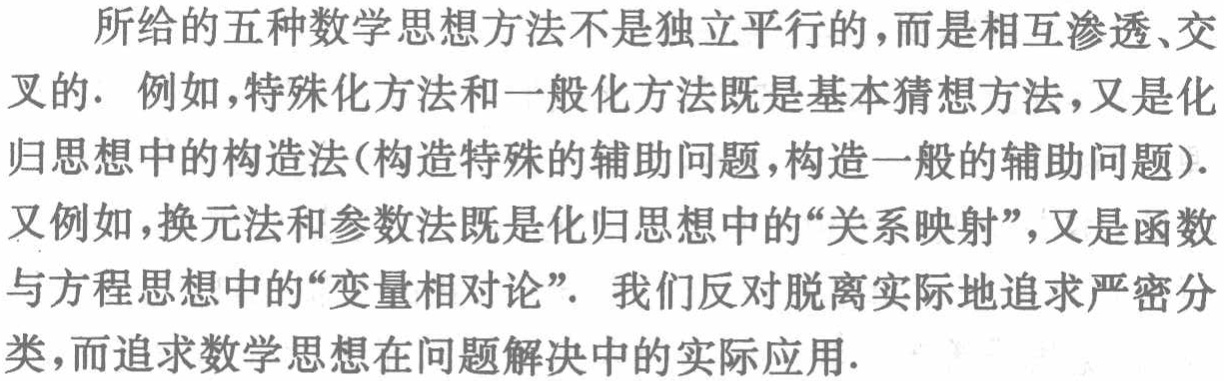
所给的五种数学思想方法不是独立平行的，而是相互渗透、交叉的. 例如，特殊化方法和一般化方法既是基本猜想方法，又是化归思想中的构造法(构造特殊的辅助问题，构造一般的辅助问题). 又例如，换元法和参数法既是化归思想中的“关系映射”，又是函数与方程思想中的“变量相对论”. 我们反对脱离实际地追求严密分类，而追求数学思想在问题解决中的实际应用.